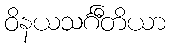
ဝိနယသင်္ဂီတိယာ